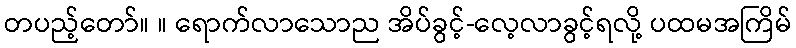
တပည့်တော်။ ။ ရောက်လာသောည အိပ်ခွင့်-လေ့လာခွင့်ရလို့ ပထမအကြိမ်